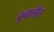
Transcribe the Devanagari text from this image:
बूबालीस्